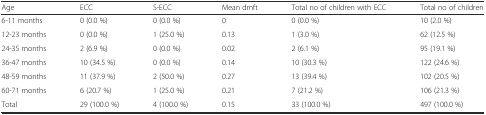
<table><thead><tr><td><b>Age</b></td><td><b>ECC</b></td><td><b>S-ECC</b></td><td><b>Mean dmft</b></td><td><b>Total no of children with ECC</b></td><td><b>Total no of children</b></td></tr></thead><tbody><tr><td>6-11 months</td><td>0 (0.0 %)</td><td>0 (0.0 %)</td><td>0</td><td>0 (0.0 %)</td><td>10 (2.0 %)</td></tr><tr><td>12-23 months</td><td>0 (0.0 %)</td><td>1 (25.0 %)</td><td>0.13</td><td>1 (3.0 %)</td><td>62 (12.5 %)</td></tr><tr><td>24-35 months</td><td>2 (6.9 %)</td><td>0 (0.0 %)</td><td>0.02</td><td>2 (6.1 %)</td><td>95 (19.1 %)</td></tr><tr><td>36-47 months</td><td>10 (34.5 %)</td><td>0 (0.0 %)</td><td>0.14</td><td>10 (30.3 %)</td><td>122 (24.6 %)</td></tr><tr><td>48-59 months</td><td>11 (37.9 %)</td><td>2 (50.0 %)</td><td>0.27</td><td>13 (39.4 %)</td><td>102 (20.5 %)</td></tr><tr><td>60-71 months</td><td>6 (20.7 %)</td><td>1 (25.0 %)</td><td>0.21</td><td>7 (21.2 %)</td><td>106 (21.3 %)</td></tr><tr><td>Total</td><td>29 (100.0 %)</td><td>4 (100.0 %)</td><td>0.15</td><td>33 (100.0 %)</td><td>497 (100.0 %)</td></tr></tbody></table>